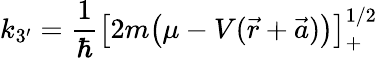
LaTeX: {k_{3^{\prime}}=\frac{1}{\hbar}\big[2m\big(\mu-V(\vec{r}+\vec{a})\big)\big]_{+}^{1/2}}